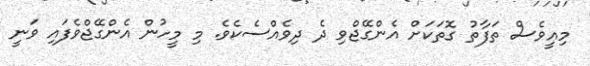
މިއީވެސް ތަފާތު ގޮތަކަށް އެންގޭޖްވި ދެ ދިވެއްސެކެވެ. މި މީހުން އެންގޭޖްވެފައި ވަނީ